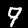
Label: 9